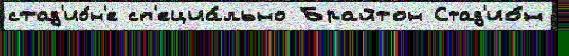
стад'ио́н'е сп'ециа́льно Брайтон Стад'ио́н